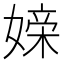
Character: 𪦖